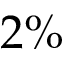
2 \%